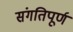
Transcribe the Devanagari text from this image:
संगतिपूर्ण